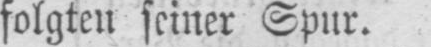
folgten seiner Spur.